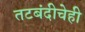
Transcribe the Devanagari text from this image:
तटबंदीचेही